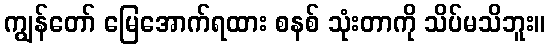
ကျွန်တော် မြေအောက်ရထား စနစ် သုံးတာကို သိပ်မသိဘူး။